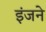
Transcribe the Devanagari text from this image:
इंजने